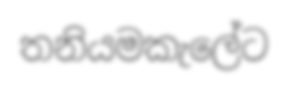
තනියමකැලේට